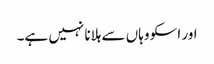
اور اسکو وہاں سے ہلانا نہیں ہے۔